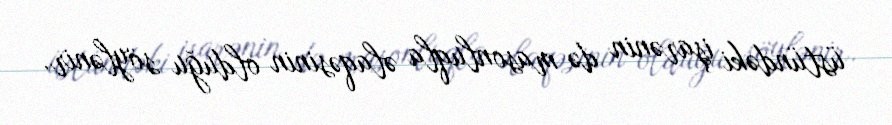
üstündəki işarənin də masonluqla əlaqəsinin olduğu söylənir.